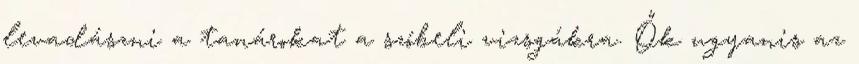
levadászni a tanárokat a szóbeli vizsgákra. Ők ugyanis az